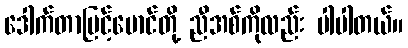
ဒေါက်တာမြင့်မောင်တို့ ညီအစ်ကိုလည်း ပါပါတယ်။